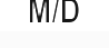
M/D